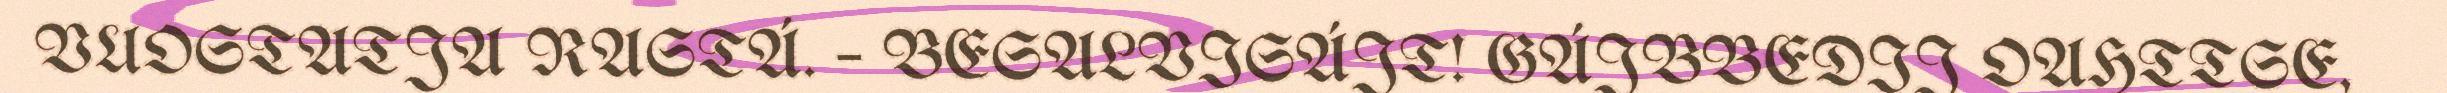
VUOSTATJA RASTÁ. – BESALVISÁJT! GÁJBBEDIJ OAHTTSE,